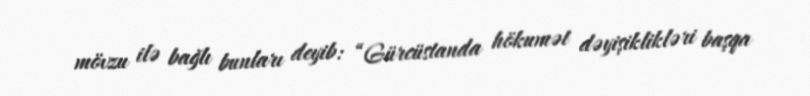
mövzu ilə bağlı bunları deyib: “Gürcüstanda hökumət dəyişiklikləri başqa